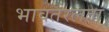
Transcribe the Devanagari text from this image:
भावतरलता